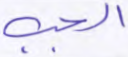
الجب